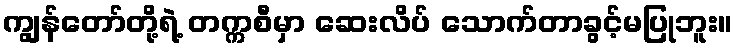
ကျွန်တော်တို့ရဲ့ တက္ကစီမှာ ဆေးလိပ် သောက်တာခွင့်မပြုဘူး။